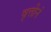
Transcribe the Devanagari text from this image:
वृत्तीनं